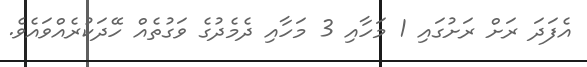
އެފަދަ ރަށް ރަށުގައި 1 މަހާއި 3 މަހާއި ދެމެދުގެ ވަގުތެއް ހޭދަކުރެއްވައެވެ.